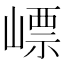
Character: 㟽